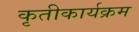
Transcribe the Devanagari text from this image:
कृतीकार्यक्रम